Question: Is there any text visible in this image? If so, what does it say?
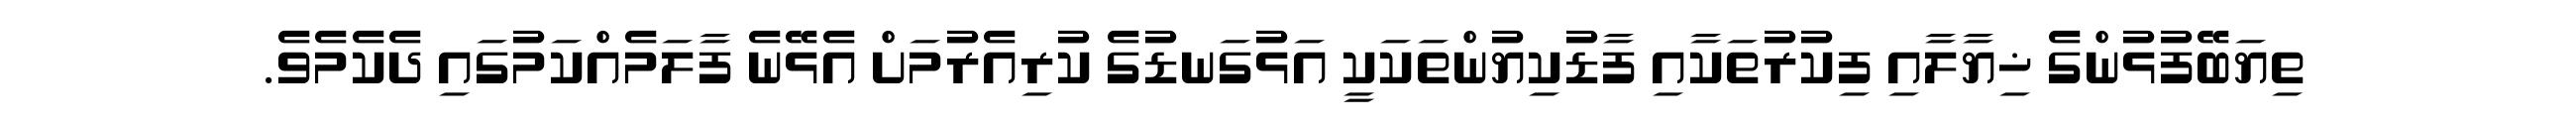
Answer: ތިޔަބޭފުޅުންގެ ޚިޔާލާއި ފިކުރުތަކާއި ފާޑުކިޔުންތަކަކީ އަޅުގަނޑުގެ ކުރިއެރުމަށް އެޅޭނެ ފާލަމެއްކަމުގައި ދެކެމެވެ.